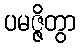
ပမဇ္ဇိတွာ